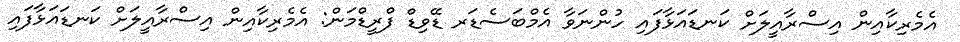
އެމެރިކާއިން އިސްރާއީލަށް ކަނޑައަޅާފައި ހުންނަވާ އެމްބަސެޑަރ ޑޭވިޑް ފްރީޑްމަން: އެމެރިކާއިން އިސްރާއީލަށް ކަނޑައަޅާފައި